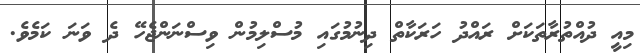
މިއީ ދުއްތުރާތަކަށް ރައްދު ހަރަކާތް ދިނުމުގައި މުސްލިމުން ވިސްނަންޖެހޭ ދެ ވަނަ ކަމެވެ.